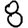
Digit: 8